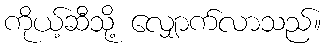
ကိုယ့်ဆီသို့ လျှောက်လာသည်။